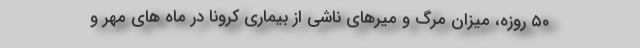
۵۰ روزه، میزان مرگ و میرهای ناشی از بیماری کرونا در ماه های مهر و